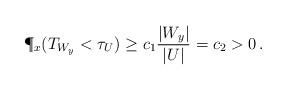
LaTeX: \begin{align*}\P_x(T_{W_y}<\tau_U)\ge c_1\frac{|W_y|}{|U|}=c_2 >0\, .\end{align*}